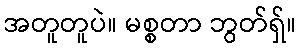
အတူတူပဲ။ မစ္စတာ ဘွတ်ရှ်။